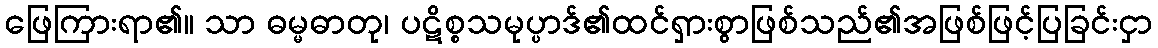
ဖြေကြားရာ၏။ သာ ဓမ္မဓာတု၊ ပဋိစ္စသမုပ္ပာဒ်၏ထင်ရှားစွာဖြစ်သည်၏အဖြစ်ဖြင့်ပြခြင်းငှာ